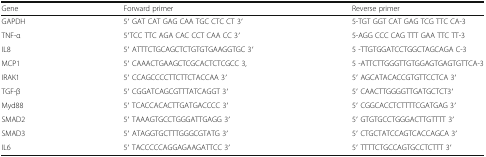
<table><thead><tr><td><b>Gene</b></td><td><b>Forward primer</b></td><td><b>Reverse primer</b></td></tr></thead><tbody><tr><td>GAPDH</td><td>5′ GAT CAT GAG CAA TGC CTC CT 3′</td><td>5-TGT GGT CAT GAG TCG TTC CA-3</td></tr><tr><td>TNF-α</td><td>5′TCC TTC AGA CAC CCT CAA CC 3′</td><td>5-AGG CCC CAG TTT GAA TTC TT-3</td></tr><tr><td>IL8</td><td>5′ ATTTCTGCAGCTCTGTGTGAAGGTGC 3′</td><td>5 -TTGTGGATCCTGGCTAGCAGA C-3</td></tr><tr><td>MCP1</td><td>5′ CAAACTGAAGCTCGCACTCTCGCC 3,</td><td>5 -ATTCTTGGGTTGTGGAGTGAGTGTTCA-3</td></tr><tr><td>IRAK1</td><td>5′ CCAGCCCCTTCTTCTACCAA 3′</td><td>5′ AGCATACACCGTGTTCCTCA 3′</td></tr><tr><td>TGF-β</td><td>5′ CGGATCAGCGTTTATCAGGT 3′</td><td>5′ CAACTTGGGGTTGATGCTCT3′</td></tr><tr><td>Myd88</td><td>5′ TCACCACACTTGATGACCCC 3′</td><td>5′ CGGCACCTCTTTTCGATGAG 3′</td></tr><tr><td>SMAD2</td><td>5′ TAAAGTGCCTGGGATTGAGG 3′</td><td>5′ GTGTGCCTGGGACTTGTTTT 3′</td></tr><tr><td>SMAD3</td><td>5′ ATAGGTGCTTTGGGCGTATG 3′</td><td>5′ CTGCTATCCAGTCACCAGCA 3′</td></tr><tr><td>IL6</td><td>5′ TACCCCCAGGAGAAGATTCC 3′</td><td>5′ TTTTCTGCCAGTGCCTCTTT 3′</td></tr></tbody></table>